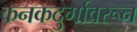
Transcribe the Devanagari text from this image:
कनकदुर्गावरून